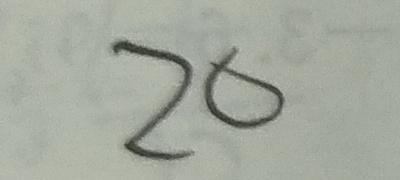
2 0